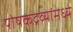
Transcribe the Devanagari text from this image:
पोषकद्रव्यांमध्ये